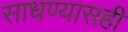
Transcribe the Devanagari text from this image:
साधण्यासही